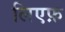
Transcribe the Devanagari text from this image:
लिएफ़